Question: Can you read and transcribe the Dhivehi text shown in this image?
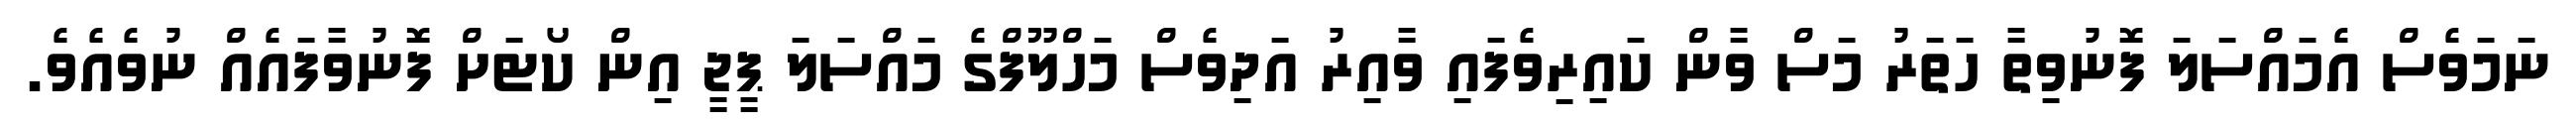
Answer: ނަމަވެސް އެމައްސަލަ ފޮނުވިތާ ހަތަރު މަސް ވާން ކައިރިވެފައި ވާއިރު އަދިވެސް މަހްލޫފްގެ މައްސަލަ ޕީޖީ އިން ކޯޓަށް ފޮނުވާފައެއް ނުވެއެވެ.